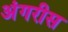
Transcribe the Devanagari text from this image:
अंगरीस